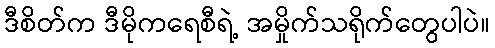
ဒီစိတ်က ဒီမိုကရေစီရဲ့ အမှိုက်သရိုက်တွေပါပဲ။